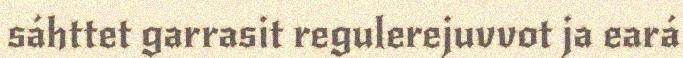
sáhttet garrasit regulerejuvvot ja eará